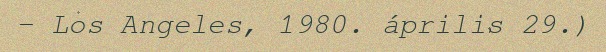
– Los Angeles, 1980. április 29.)